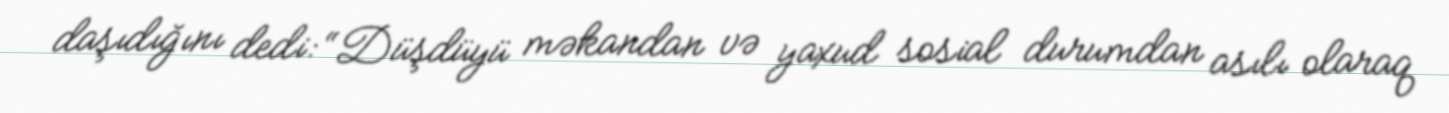
daşıdığını dedi: “Düşdüyü məkandan və yaxud sosial durumdan asılı olaraq